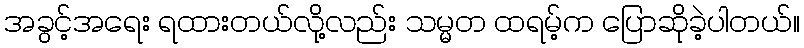
အခွင့်အရေး ရထားတယ်လို့လည်း သမ္မတ ထရမ့်က ပြောဆိုခဲ့ပါတယ်။